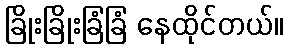
ခြိုးခြိုးခြံခြံ နေထိုင်တယ်။